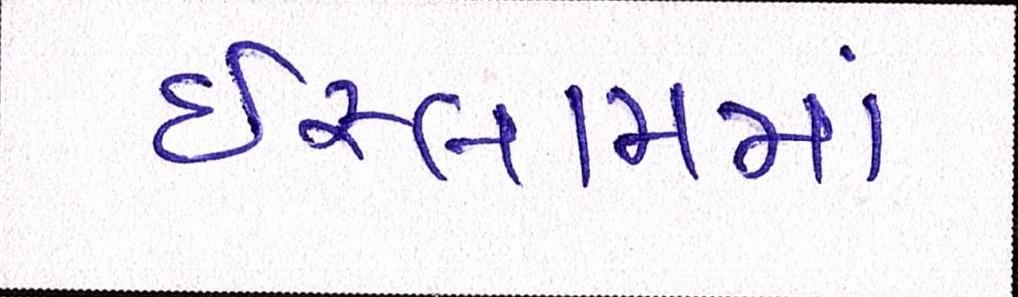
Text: ઇસ્લામમાં